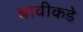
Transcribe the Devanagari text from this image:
बावीकडे